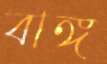
বাঙ্গ